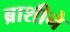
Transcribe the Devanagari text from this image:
ब्राशीने